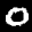
Label: 0